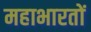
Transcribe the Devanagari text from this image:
महाभारतों